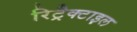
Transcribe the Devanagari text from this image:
रिट्रैक्टाइल